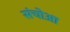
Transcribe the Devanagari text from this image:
संचोआ